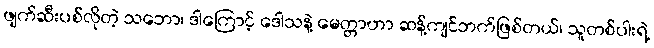
ဖျက်ဆီးပစ်လိုတဲ့ သဘော၊ ဒါကြောင့် ဒေါသနဲ့ မေတ္တာဟာ ဆန့်ကျင်ဘက်ဖြစ်တယ်၊ သူတစ်ပါးရဲ့